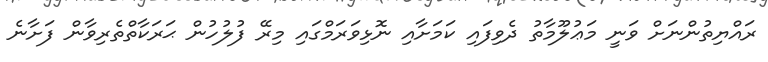
ރައްޔިތުންނަށް ވަނީ މަޢުލޫމާތު ދެވިފައި ކަމަށާއި ނޮޅިވަރަމްގައި މިރޭ ފުލުހުން ޙަރަކާތްތެރިވާން ފަށާނެ